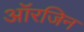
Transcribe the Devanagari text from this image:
आॅरजिन